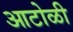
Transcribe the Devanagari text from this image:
आटोळी